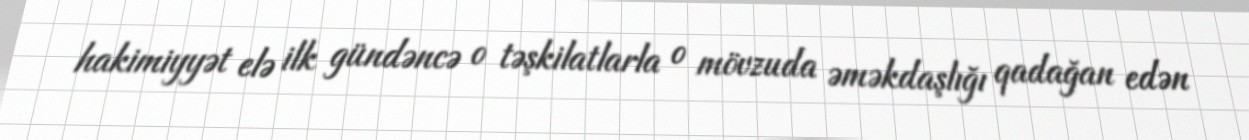
hakimiyyət elə ilk gündəncə o təşkilatlarla o mövzuda əməkdaşlığı qadağan edən